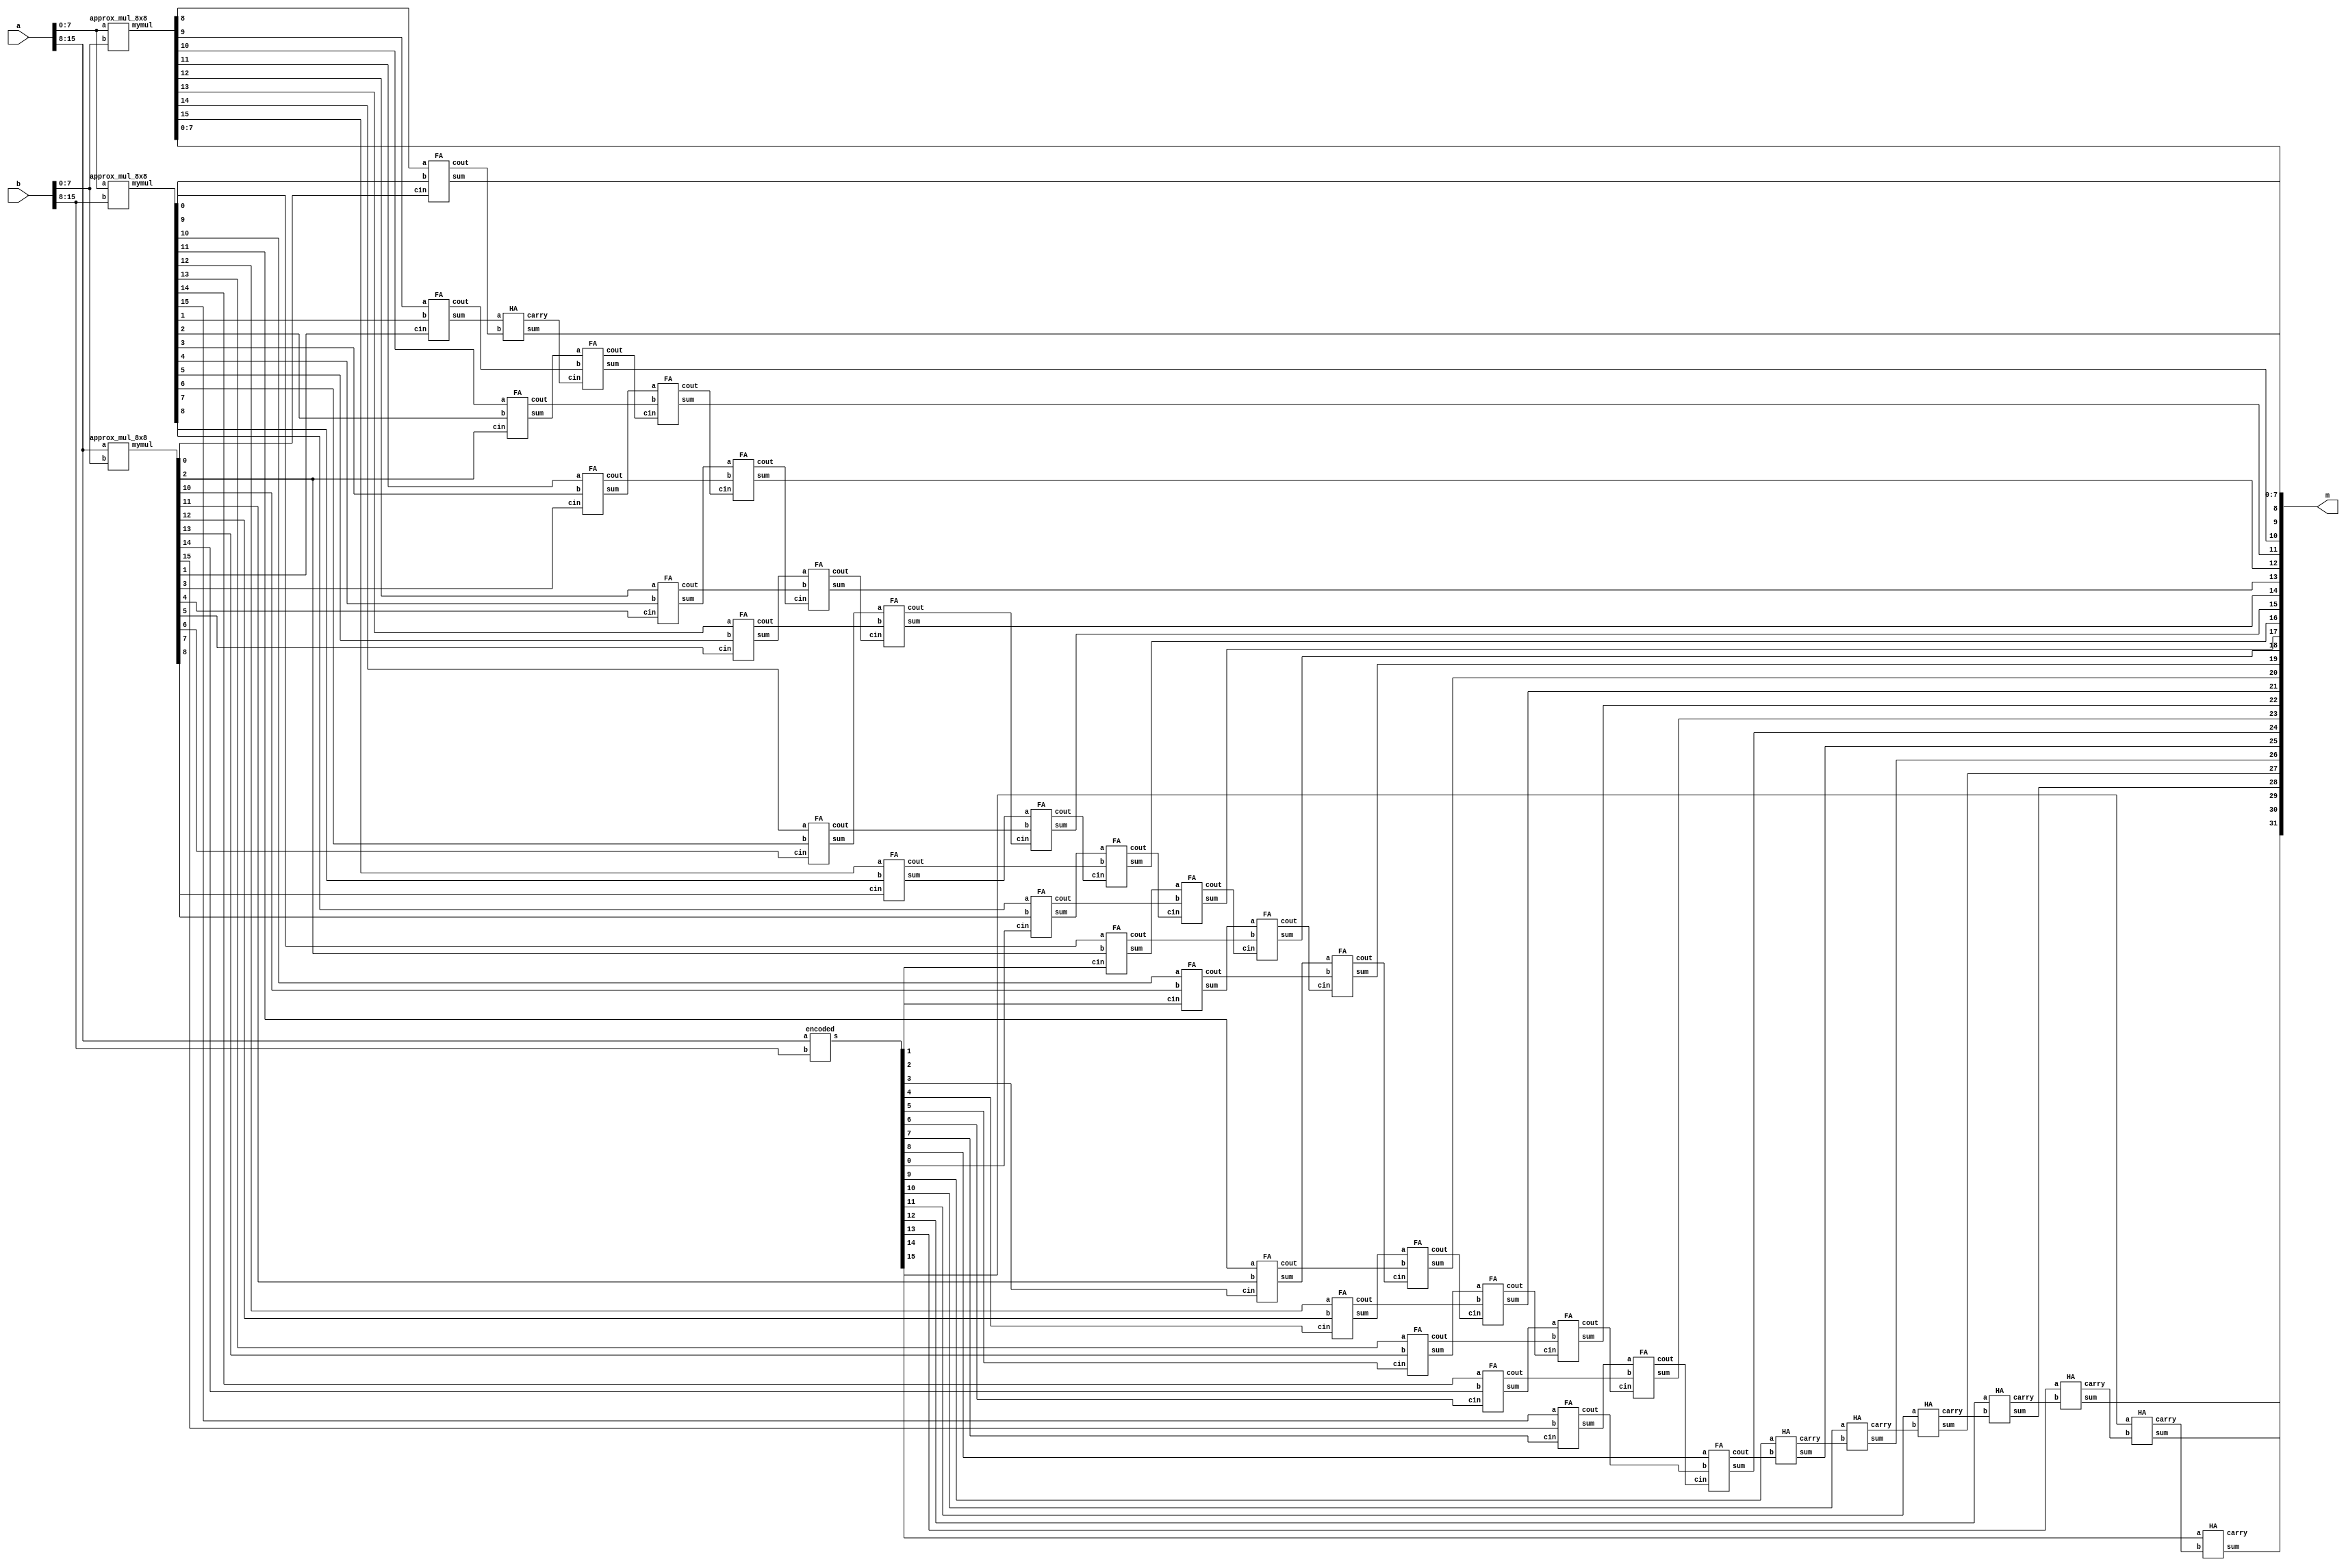
module approx_mul_16x16(
    input wire [15:0]a,
    input wire [15:0]b,
	output wire [31:0]m
    );
	
	wire [15:0]pp1,pp2,pp3,pp4;
	wire [15:0]s1,c1;
	wire [22:0]s2,c2;
	
	approx_mul_8x8 x1(a[7:0],b[7:0],pp1);
	//encoded x1(pp1,a[7:0],b[7:0]);
	//encoded x2(pp2,a[7:0],b[15:8]);
	approx_mul_8x8 x2(a[7:0],b[15:8],pp2);
	approx_mul_8x8 x3(a[15:8],b[7:0],pp3);
	//encoded x3(pp3,a[15:8],b[7:0]);
	encoded x4(pp4,a[15:8],b[15:8]);
	
	//..........PPRow_Reduction...........
	//..........stage1....................
	FA f1(pp1[8],pp2[0],pp3[0],s1[0],c1[0]);
	FA f2(pp1[9],pp2[1],pp3[1],s1[1],c1[1]);
	FA f3(pp1[10],pp2[2],pp3[2],s1[2],c1[2]);
	FA f4(pp1[11],pp2[3],pp3[3],s1[3],c1[3]);
	FA f5(pp1[12],pp2[4],pp3[4],s1[4],c1[4]);
	FA f6(pp1[13],pp2[5],pp3[5],s1[5],c1[5]);
	FA f7(pp1[14],pp2[6],pp3[6],s1[6],c1[6]);
	FA f8(pp1[15],pp2[7],pp3[7],s1[7],c1[7]);
	
	FA f9(pp2[8],pp3[8],pp4[0],s1[8],c1[8]);
	FA f10(pp2[9],pp3[2],pp4[1],s1[9],c1[9]);
	FA f11(pp2[10],pp3[10],pp4[2],s1[10],c1[10]);
	FA f12(pp2[11],pp3[11],pp4[3],s1[11],c1[11]);
	FA f13(pp2[12],pp3[12],pp4[4],s1[12],c1[12]);
	FA f14(pp2[13],pp3[13],pp4[5],s1[13],c1[13]);
	FA f15(pp2[14],pp3[14],pp4[6],s1[14],c1[14]);
	FA f16(pp2[15],pp3[15],pp4[7],s1[15],c1[15]);
	
	//..........stage2....................
	HA h1(s1[1],c1[0],s2[0],c2[0]);
	FA f17(s1[2],c1[1],c2[0],s2[1],c2[1]);
	FA f18(s1[3],c1[2],c2[1],s2[2],c2[2]);
	FA f19(s1[4],c1[3],c2[2],s2[3],c2[3]);
	FA f20(s1[5],c1[4],c2[3],s2[4],c2[4]);
	FA f21(s1[6],c1[5],c2[4],s2[5],c2[5]);
	FA f22(s1[7],c1[6],c2[5],s2[6],c2[6]);
	FA f23(s1[8],c1[7],c2[6],s2[7],c2[7]);
	FA f24(s1[9],c1[8],c2[7],s2[8],c2[8]);
	FA f25(s1[10],c1[9],c2[8],s2[9],c2[9]);
	FA f26(s1[11],c1[10],c2[9],s2[10],c2[10]);
	FA f27(s1[12],c1[11],c2[10],s2[11],c2[11]);
	FA f28(s1[13],c1[12],c2[11],s2[12],c2[12]);
	FA f29(s1[14],c1[13],c2[12],s2[13],c2[13]);
	FA f30(s1[15],c1[14],c2[13],s2[14],c2[14]);
	FA f31(pp4[8],c1[15],c2[14],s2[15],c2[15]);
	
	HA h2(pp4[9],c2[15],s2[16],c2[16]);
	HA h3(pp4[10],c2[16],s2[17],c2[17]);
	HA h4(pp4[11],c2[17],s2[18],c2[18]);
	HA h5(pp4[12],c2[18],s2[19],c2[19]);
	HA h6(pp4[13],c2[19],s2[20],c2[20]);
	HA h7(pp4[14],c2[20],s2[21],c2[21]);
	HA h8(pp4[15],c2[21],s2[22],c2[22]);
	
	assign m[7:0]=pp1[7:0];
	assign m[8]=s1[0];
	assign m[31:9]=s2[22:0];
	
	
endmodule	

module encoded(s,a,b);
input [7:0]a;
input [7:0]b;
output [15:0]s;
wire [7:0]r1,r2,r3,r4;
wire [7:1]sa;
wire [8:1]c;
wire [11:1]carry;
  M4bit ff0(a[3:0],b[3:0],r1);
  M4bit ff1(a[3:0],b[7:4],r2);
  M4bit ff2(a[7:4],b[3:0],r3);
  M4bit ff3(a[7:4],b[7:4],r4);
assign s[0]=r1[0];
assign s[1]=r1[1];
assign s[2]=r1[2];
assign s[3]=r1[3];
// stage 1............

fulladder gg0(s[4],c[1],r1[4],r2[0],r3[0]);
fulladder gg1(sa[1],c[2],r1[5],r2[1],r3[1]);
fulladder gg2(sa[2],c[3],r1[6],r2[2],r3[2]);
fulladder gg3(sa[3],c[4],r1[7],r2[3],r3[3]);
fulladder gg4(sa[4],c[5],r2[4],r3[4],r4[0]);
fulladder gg5(sa[5],c[6],r2[5],r3[5],r4[1]);
fulladder gg6(sa[6],c[7],r2[6],r3[6],r4[2]);
fulladder gg7(sa[7],c[8],r2[7],r3[7],r4[3]);

// stage 2..................


halfadder ss0(s[5],carry[1],sa[1],c[1]);
fulladder ss1(s[6],carry[2],sa[2],c[2],carry[1]);
fulladder ss2(s[7],carry[3],sa[3],c[3],carry[2]);
fulladder ss3(s[8],carry[4],sa[4],c[4],carry[3]);
fulladder ss4(s[9],carry[5],sa[5],c[5],carry[4]);
fulladder ss5(s[10],carry[6],sa[6],c[6],carry[5]);
fulladder ss6(s[11],carry[7],sa[7],c[7],carry[6]);
fulladder ss7(s[12],carry[8],r4[4],c[8],carry[7]);
halfadder ss8(s[13],carry[9],r4[5],carry[8]);
halfadder ss9(s[14],carry[10],r4[6],carry[9]);
halfadder ss10(s[15],carry[11],r4[7],carry[10]);
endmodule

module M4bit(Q,M,p);
input [3:0]Q;
input [3:0]M;
  output [7:0]p;
wire c1,c2,c3,c4,c5,c6,c7,c8,c9,c10,c11,c12,c13,c14,c15,c16;
  wire	a1,a2,a3,a4,a5,a6,ca1,ca2,ca3,ca4,ca5,ca6;
  wire [6:1]carry;
and(c1,M[0],Q[0]);
and(c2,M[0],Q[1]);
and(c3,M[0],Q[2]);
and(c4,M[0],Q[3]);
and(c5,M[1],Q[0]);
and(c6,M[1],Q[1]);
and(c7,M[1],Q[2]);
and(c8,M[1],Q[3]);
and(c9,M[2],Q[0]);
and(c10,M[2],Q[1]);
and(c11,M[2],Q[2]);
and(c12,M[2],Q[3]);
and(c13,M[3],Q[0]);
and(c14,M[3],Q[1]);
and(c15,M[3],Q[2]);
and(c16,M[3],Q[3]);
assign p[0]=c1;
halfadder aa(p[1],carry[1],c2,c5);
fulladder bb(a1,ca1,c3,c6,c9);
halfadder cc(p[2],carry[2],carry[1],a1);
fulladder dd(a2,ca2,c4,c7,c10);
fulladder ee(a3,ca3,ca1,a2,c13);
halfadder ff(p[3],carry[3],carry[2],a3);
fulladder gg(a4,ca4,c8,c11,c14);
fulladder hh(a5,ca5,ca2,ca3,a4);
halfadder ii(p[4],carry[4],a5,carry[3]);
fulladder jj(a6,ca6,c12,c15,ca4);
fulladder kk(p[5],carry[5],a6,carry[4],ca5);
fulladder ll(p[6],carry[6],c16,ca6,carry[5]);
assign p[7]=carry[6];
endmodule

module fulladder(sum,carry,ain,bin,cin);
input ain,bin,cin;
output sum,carry;
wire x,a1,a2,a3,o1;
xor(x,ain,bin);
xor(sum,x,cin);
and(a1,ain,bin);
and(a2,bin,cin);
and(a3,cin,ain);
or(o1,a1,a2);
or(carry,o1,a3);
endmodule

module halfadder(sum,carry,ain,bin);
input ain,bin;
output sum,carry;
xor(sum,ain,bin);
and(carry,ain,bin);
endmodule

module FA(
    input a,
    input b,
    input cin,
    output sum,
    output cout
    );
    
    wire w1,w2,w3;
    
    xor x1(w1, a, b);
    xor x2(sum, w1, cin); //Sum
    and a1(w3, cin, w1);
    and a2(w2, a, b);
    or o1(cout, w2, w3); //Carry
endmodule

module HA(
    input wire a,
    input wire b,
	output wire sum,
	output wire carry
    );
	
	xor x1(sum,a,b);
	and a1(carry,a,b);
	
endmodule

module approx_mul_8x8(
    input wire [7:0]a,
    input wire [7:0]b,
	output wire [15:0]mymul
    );
	
	wire [8:0]pp1;
	wire [9:0]pp2;
	wire [7:0]pp3,pp4,pp5,pp6;
	wire [6:0]s1,c1;
	wire [6:0]s2,c2;
	wire [7:0]s3,c3;
	wire [9:0]s4,c4;
	wire [7:0]s5,c5;
	
	approx_or_2X8 x1(a[1:0],b,pp1);
	approx_mul_2X8 x2(a[3:2],b,pp2);
	exact_pprow x3(a[4],b,pp3);
	exact_pprow x4(a[5],b,pp4);
	exact_pprow x5(a[6],b,pp5);
	exact_pprow x6(a[7],b,pp6);

	//Ripple carry addition of generated PP rows	
	
//.................stage1......................
FA f1(pp3[2],pp4[1],pp5[0],s1[0],c1[0]);
FA f2(pp3[3],pp4[2],pp5[1],s1[1],c1[1]);
FA f3(pp3[4],pp4[3],pp5[2],s1[2],c1[2]);
FA f4(pp3[5],pp4[4],pp5[3],s1[3],c1[3]);
FA f5(pp3[6],pp4[5],pp5[4],s1[4],c1[4]);
FA f6(pp3[7],pp4[6],pp5[5],s1[5],c1[5]);
FA f7(pp4[7],pp5[6],pp6[5],s1[6],c1[6]);

//.................stage2......................
FA f8(pp3[1],pp4[0],pp1[5],s2[0],c2[0]);//red2_6 and 7 mixed 
FA f9(pp1[7],pp6[0],s1[1],s2[1],c2[1]);
FA f10(pp1[8],pp6[1],s1[2],s2[2],c2[2]);

FA f11(pp6[2],s1[3],c1[2],s2[3],c2[3]);
FA f12(pp6[3],s1[4],c1[3],s2[4],c2[4]);
FA f13(pp6[4],s1[5],c1[4],s2[5],c2[5]);

FA f14(pp5[7],pp6[6],c1[6],s2[6],c2[6]);


//.................stage3......................
FA f15(pp3[0],pp1[4],pp2[2],s3[0],c3[0]);//...Replaced pp2 and pp1
										// Power improved no change in delay
FA f16(s1[0],c2[0],pp1[6],s3[1],c3[1]);

FA f17(c1[0],s2[1],pp2[5],s3[2],c3[2]);

FA f18(c1[1],s2[2],c2[1],s3[3],c3[3]);

FA f19(s2[3],c2[2],pp2[7],s3[4],c3[4]);
FA f20(s2[4],c2[3],pp2[8],s3[5],c3[5]);
FA f21(s2[5],c2[4],pp2[9],s3[6],c3[6]);

FA f22(s1[6],c1[5],c2[5],s3[7],c3[7]);


//.................stage4......................

FA f23(pp2[3],s2[0],c3[0],s4[0],c4[0]);
FA f24(pp2[4],s3[1],c4[0],s4[1],c4[1]);
FA f25(s3[2],c3[1],c4[1],s4[2],c4[2]);

FA f26(pp2[6],s3[3],c3[2],s4[3],c4[3]);
FA f27(s3[4],c3[3],c4[3],s4[4],c4[4]);
FA f28(s3[5],c3[4],c4[4],s4[5],c4[5]);
FA f29(s3[6],c3[5],c4[5],s4[6],c4[6]);
FA f30(s3[7],c3[6],c4[6],s4[7],c4[7]);

FA f31(s2[6],c3[7],c4[7],s4[8],c4[8]);
FA f32(c2[6],pp6[7],c4[8],s4[9],c4[9]);


//.................stage5......................

assign mymul[1:0]=pp1[1:0];
or o1(mymul[2],pp1[2],pp2[0]);
or o2(mymul[3],pp1[3],pp2[1]);
assign mymul[4]=s3[0];
assign mymul[7:5]=s4[2:0];

HA h1(s4[3],c4[2],s5[0],c5[0]);
HA h2(s4[4],c5[0],s5[1],c5[1]);
HA h3(s4[5],c5[1],s5[2],c5[2]);
HA h4(s4[6],c5[2],s5[3],c5[3]);
HA h5(s4[7],c5[3],s5[4],c5[4]);
HA h6(s4[8],c5[4],s5[5],c5[5]);
HA h7(s4[9],c5[5],s5[6],c5[6]);
HA h8(c4[9],c5[6],s5[7],c5[7]);

assign mymul[15:8]=s5[7:0];
//...................................

endmodule

module approx_or_2X8(
    input wire [1:0]a,
    input wire [7:0]b,
	output wire [8:0]myadder
    );
	
	wire [7:0]a0b,a1b;
	wire [8:0]p;
	
	//assign a0b = {1'b0,a0&b};
	and and0(a0b[0],a[0],b[0]);
	and and1(a0b[1],a[0],b[1]);
	and and2(a0b[2],a[0],b[2]);
	and and3(a0b[3],a[0],b[3]);
	and and4(a0b[4],a[0],b[4]);
	and and5(a0b[5],a[0],b[5]);
	and and6(a0b[6],a[0],b[6]);
	and and7(a0b[7],a[0],b[7]);

	//assign a1b = {a1&b,1'b0};
	and and8(a1b[0],a[1],b[0]);
	and and9(a1b[1],a[1],b[1]);
	and and10(a1b[2],a[1],b[2]);
	and and11(a1b[3],a[1],b[3]);
	and and12(a1b[4],a[1],b[4]);
	and and13(a1b[5],a[1],b[5]);
	and and14(a1b[6],a[1],b[6]);
	and and15(a1b[7],a[1],b[7]);
	
	//assign p = {1'b0,a0b|a1b};
	assign p[0] = a0b[0];
	or or1(p[1],a0b[1],a1b[0]);
	or or2(p[2],a0b[2],a1b[1]);
	or or3(p[3],a0b[3],a1b[2]);
	or or4(p[4],a0b[4],a1b[3]);
	or or5(p[5],a0b[5],a1b[4]);
	or or6(p[6],a0b[6],a1b[5]);
	or or7(p[7],a0b[7],a1b[6]);	
	assign p[8] = a1b[7];
	
	assign myadder[8:0]=p[8:0];
	
endmodule

module approx_mul_2X8(
    input wire [1:0]a,
    input wire [7:0]b,
	output wire [9:0]myadder
    );
	
	wire [7:0]a0b,a1b;
	wire [8:0]p,pbar;
	wire [7:1]g;
	wire [9:1]c,ov;
	wire w,cd,cdbar;
	wire [9:0]w1,w2;
	
	//assign a0b = {1'b0,a0&b};
	and and0(a0b[0],a[0],b[0]);
	and and1(a0b[1],a[0],b[1]);
	and and2(a0b[2],a[0],b[2]);
	and and3(a0b[3],a[0],b[3]);
	and and4(a0b[4],a[0],b[4]);
	and and5(a0b[5],a[0],b[5]);
	and and6(a0b[6],a[0],b[6]);
	and and7(a0b[7],a[0],b[7]);

	
	//assign a1b = {a1&b,1'b0};
	and and8(a1b[0],a[1],b[0]);
	and and9(a1b[1],a[1],b[1]);
	and and10(a1b[2],a[1],b[2]);
	and and11(a1b[3],a[1],b[3]);
	and and12(a1b[4],a[1],b[4]);
	and and13(a1b[5],a[1],b[5]);
	and and14(a1b[6],a[1],b[6]);
	and and15(a1b[7],a[1],b[7]);
	
	//assign p = {1'b0,a0b|a1b};
	assign p[0] = a0b[0];
	or or1(p[1],a0b[1],a1b[0]);
	or or2(p[2],a0b[2],a1b[1]);
	or or3(p[3],a0b[3],a1b[2]);
	or or4(p[4],a0b[4],a1b[3]);
	or or5(p[5],a0b[5],a1b[4]);
	or or6(p[6],a0b[6],a1b[5]);
	or or7(p[7],a0b[7],a1b[6]);	
	assign p[8] = a1b[7];
	
	//assign g = {1'b0,a0b&a1b};
	//assign g[0] = 1'b0;
	and and16(g[1],a0b[1],a1b[0]);
	and and17(g[2],a0b[2],a1b[1]);
	and and18(g[3],a0b[3],a1b[2]);
	and and19(g[4],a0b[4],a1b[3]);
	and and20(g[5],a0b[5],a1b[4]);
	and and21(g[6],a0b[6],a1b[5]);
	and and22(g[7],a0b[7],a1b[6]);
	//assign g[8] = 1'b0;
	
	not not1(pbar[0],p[0]);
	not not2(pbar[1],p[1]);
	not not3(pbar[2],p[2]);
	not not4(pbar[3],p[3]);
	not not5(pbar[4],p[4]);
	not not6(pbar[5],p[5]);
	not not7(pbar[6],p[6]);
	not not8(pbar[7],p[7]);
	not not9(pbar[8],p[8]);
	
	//assign c[0]=1'b0;
	and and23(c[1],pbar[1],p[0]);
	and and24(c[2],pbar[2],p[1]);
	and and25(c[3],pbar[3],p[2]);
	and and26(c[4],pbar[4],p[3]);
	and and27(c[5],pbar[5],p[4]);
	and and28(c[6],pbar[6],p[5]);
	and and29(c[7],pbar[7],p[6]);
	and and30(c[8],pbar[8],p[7]);
	assign c[9]=p[8];

	//assign ov = c|g;
	//assign ov[0] = 1'b0;
	or or8(ov[1],c[1],g[1]);
	or or9(ov[2],c[2],g[2]);
	or or10(ov[3],c[3],g[3]);
	or or11(ov[4],c[4],g[4]);
	or or12(ov[5],c[5],g[5]);
	or or13(ov[6],c[6],g[6]);
	or or14(ov[7],c[7],g[7]);
	assign ov[8]=c[8];
	assign ov[9]=c[9];
	
	//assign cd = g[7]|g[6]|g[5];
	or or15(w,g[7],g[6]);
	or or16(cd,g[5],w);
	not not10(cdbar,cd);
	
	//assign myadder = ((~cond)&p)|(cond&ov);
	and and31(w1[0],cdbar,p[0]);
	and and32(w1[1],cdbar,p[1]);
	and and33(w1[2],cdbar,p[2]);
	and and34(w1[3],cdbar,p[3]);
	and and35(w1[4],cdbar,p[4]);
	and and36(w1[5],cdbar,p[5]);
	and and37(w1[6],cdbar,p[6]);
	and and38(w1[7],cdbar,p[7]);
	and and39(w1[8],cdbar,p[8]);
	
	and and41(w2[1],cd,ov[1]);
	and and42(w2[2],cd,ov[2]);
	and and43(w2[3],cd,ov[3]);
	and and44(w2[4],cd,ov[4]);
	and and45(w2[5],cd,ov[5]);
	and and46(w2[6],cd,ov[6]);
	and and47(w2[7],cd,ov[7]);
	and and48(w2[8],cd,ov[8]);
	and and49(w2[9],cd,ov[9]);
	
	assign myadder[0] = w1[0];
	or or17(myadder[1],w1[1],w2[1]);
	or or18(myadder[2],w1[2],w2[2]);
	or or19(myadder[3],w1[3],w2[3]);
	or or20(myadder[4],w1[4],w2[4]);
	or or21(myadder[5],w1[5],w2[5]);
	or or22(myadder[6],w1[6],w2[6]);
	or or23(myadder[7],w1[7],w2[7]);
	or or24(myadder[8],w1[8],w2[8]);
	assign myadder[9] = w2[9];
	
endmodule

module exact_pprow(
    input a,
    input [7:0]b,
    output [7:0]pprow
    );
		
	and a1(pprow[0],a,b[0]);
	and a2(pprow[1],a,b[1]);
	and a3(pprow[2],a,b[2]);
	and a4(pprow[3],a,b[3]);
	and a5(pprow[4],a,b[4]);
	and a6(pprow[5],a,b[5]);
	and a7(pprow[6],a,b[6]);
	and a8(pprow[7],a,b[7]);
	
endmodule

module tb_approxmul16x16();
    
	reg [15:0]a;
    reg [15:0]b;
 
	//wire [15:0]exact;
	//wire [15:0]debam;
	wire [31:0]m;
	//wire [15:0]dpp1,dpp2,dpp3,pp4,pp5;
	
	approx_mul_16x16 uut(
	.a(a),
	.b(b),
	//.exact(exact),
	//.debam(debam),
	.m(m)
	//.dpp1(dpp1),
	//.dpp2(dpp2),
	//.dpp3(dpp3),
	//.pp4(pp4),
	//.pp5(pp5)
	);
	
	initial begin
	a = 16'd0;
	b = 16'd0;
	#5;
	a = 16'd123;
	b = 16'd123;
	#5;
	a = 16'd255;
	b = 16'd255;
	#5;
	a = 16'd110;
	b = 16'd20;
	#5;
	a = 16'd155;
	b = 16'd167;
	#5;
	a = 16'd250;
	b = 16'd250;
	#5;
	a = 16'd248;
	b = 16'd250;
	#5;
	a = 16'd213;
	b = 16'd149;
	#5;
	a = 16'd223;
	b = 16'd234;
	#5;
	a = 16'd235;
	b = 16'd235;
	#5;
	a = 16'd63;
	b = 16'd100;
	#5;
	a = 16'd63;
	b = 16'd201;
	#5;
	a = 16'd63;
	b = 16'd79;
	#5;
	a = 16'd12;
	b = 16'd201;
	#5;
	a = 16'd15;
	b = 16'd201;
	end
	
	initial begin
	$monitor("a=%d b=%d mymul = %d\n",a,b,m);
	//$monitor("a=%b b=%b\n dpp1=%b \n dpp2=%b \n dpp3=%b \n  pp4=%b \n  pp5=%b \n\n",a,b,dpp1,dpp2,dpp3,pp4,pp5);
	end
	
	
	
endmodule